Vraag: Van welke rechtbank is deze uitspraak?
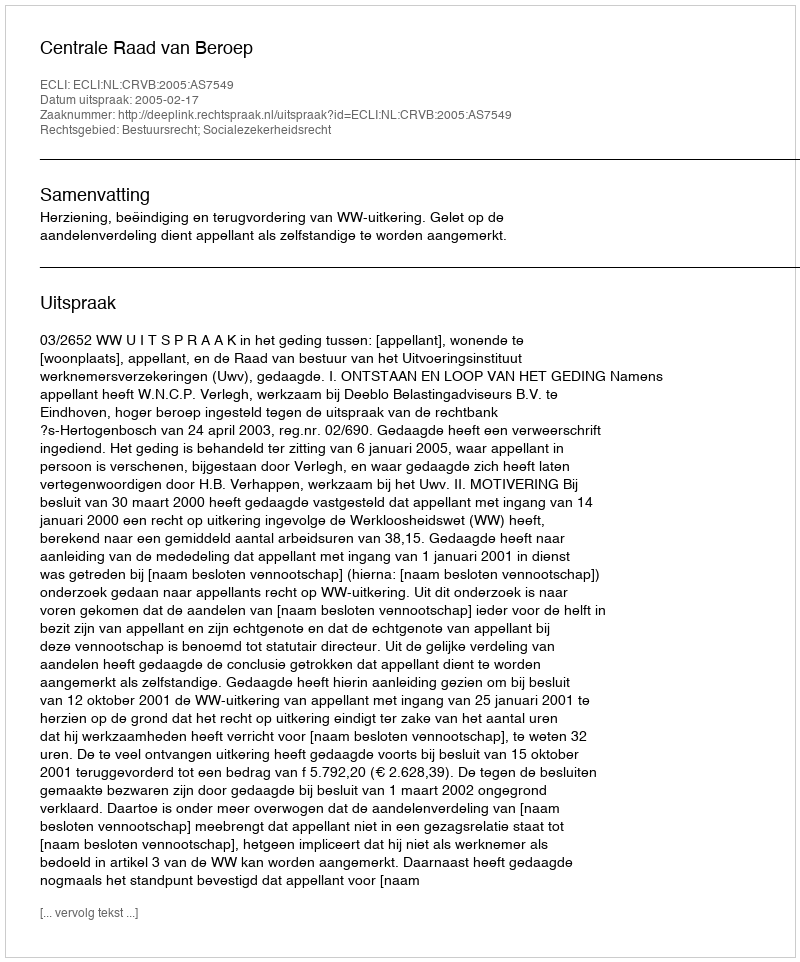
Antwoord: Centrale Raad van Beroep